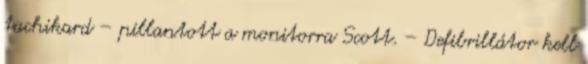
tachikard – pillantott a monitorra Scott. – Defibrillátor kell